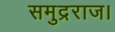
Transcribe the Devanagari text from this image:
समुद्रराज।